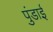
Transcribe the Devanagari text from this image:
पुंडाई